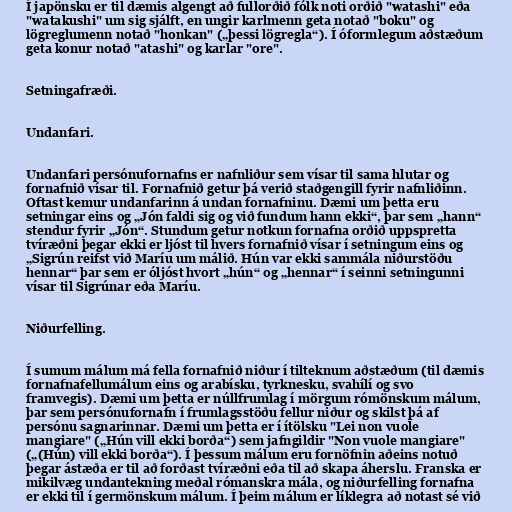
Í japönsku er til dæmis algengt að fullorðið fólk noti orðið "watashi" eða
"watakushi" um sig sjálft, en ungir karlmenn geta notað "boku" og
lögreglumenn notað "honkan" („þessi lögregla“). Í óformlegum aðstæðum
geta konur notað "atashi" og karlar "ore".

Setningafræði.

Undanfari.

Undanfari persónufornafns er nafnliður sem vísar til sama hlutar og
fornafnið vísar til. Fornafnið getur þá verið staðgengill fyrir nafnliðinn.
Oftast kemur undanfarinn á undan fornafninu. Dæmi um þetta eru
setningar eins og „Jón faldi sig og við fundum hann ekki“, þar sem „hann“
stendur fyrir „Jón“. Stundum getur notkun fornafna orðið uppspretta
tvíræðni þegar ekki er ljóst til hvers fornafnið vísar í setningum eins og
„Sigrún reifst við Maríu um málið. Hún var ekki sammála niðurstöðu
hennar“ þar sem er óljóst hvort „hún“ og „hennar“ í seinni setningunni
vísar til Sigrúnar eða Maríu.

Niðurfelling.

Í sumum málum má fella fornafnið niður í tilteknum aðstæðum (til dæmis
fornafnafellumálum eins og arabísku, tyrknesku, svahílí og svo
framvegis). Dæmi um þetta er núllfrumlag í mörgum rómönskum málum,
þar sem persónufornafn í frumlagsstöðu fellur niður og skilst þá af
persónu sagnarinnar. Dæmi um þetta er í ítölsku "Lei non vuole
mangiare" („Hún vill ekki borða“) sem jafngildir "Non vuole mangiare"
(„(Hún) vill ekki borða“). Í þessum málum eru fornöfnin aðeins notuð
þegar ástæða er til að forðast tvíræðni eða til að skapa áherslu. Franska er
mikilvæg undantekning meðal rómanskra mála, og niðurfelling fornafna
er ekki til í germönskum málum. Í þeim málum er líklegra að notast sé við